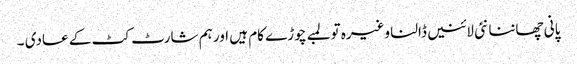
پانی چھاننا نئی لائنیں ڈالنا وغیرہ تو لمبے چوڑے کام ہیں اور ہم شارٹ کٹ کے عادی ۔